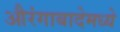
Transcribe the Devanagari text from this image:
औरंगाबादेमध्ये